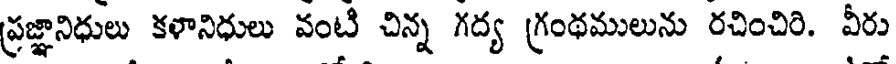
ప్రజ్ఞానిధులు కళానిధులు వంటి చిన్న గద్య గ్రంథములును రచించిరి. వీరు